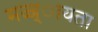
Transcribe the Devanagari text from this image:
मज्ज्ायता